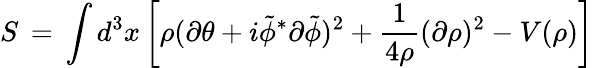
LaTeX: S\, =\, \int d^{3}x\left[\rho(\partial\theta+i{\tilde{\phi}}^{*}\partial{\tilde{\phi}})^{2}+\frac{1}{4\rho}(\partial\rho)^{2}-V(\rho)\right]